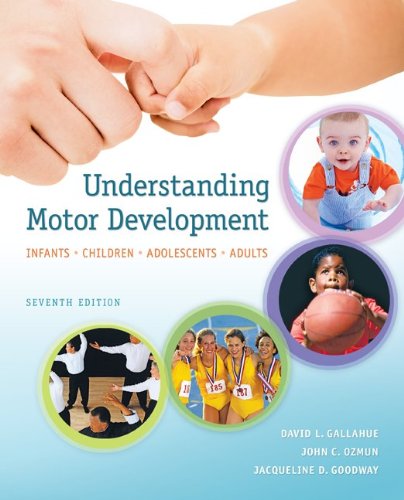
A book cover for Understanding Motor Development: Infants, Children, Adolescents, Adults; David Gallahue; Medical Books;